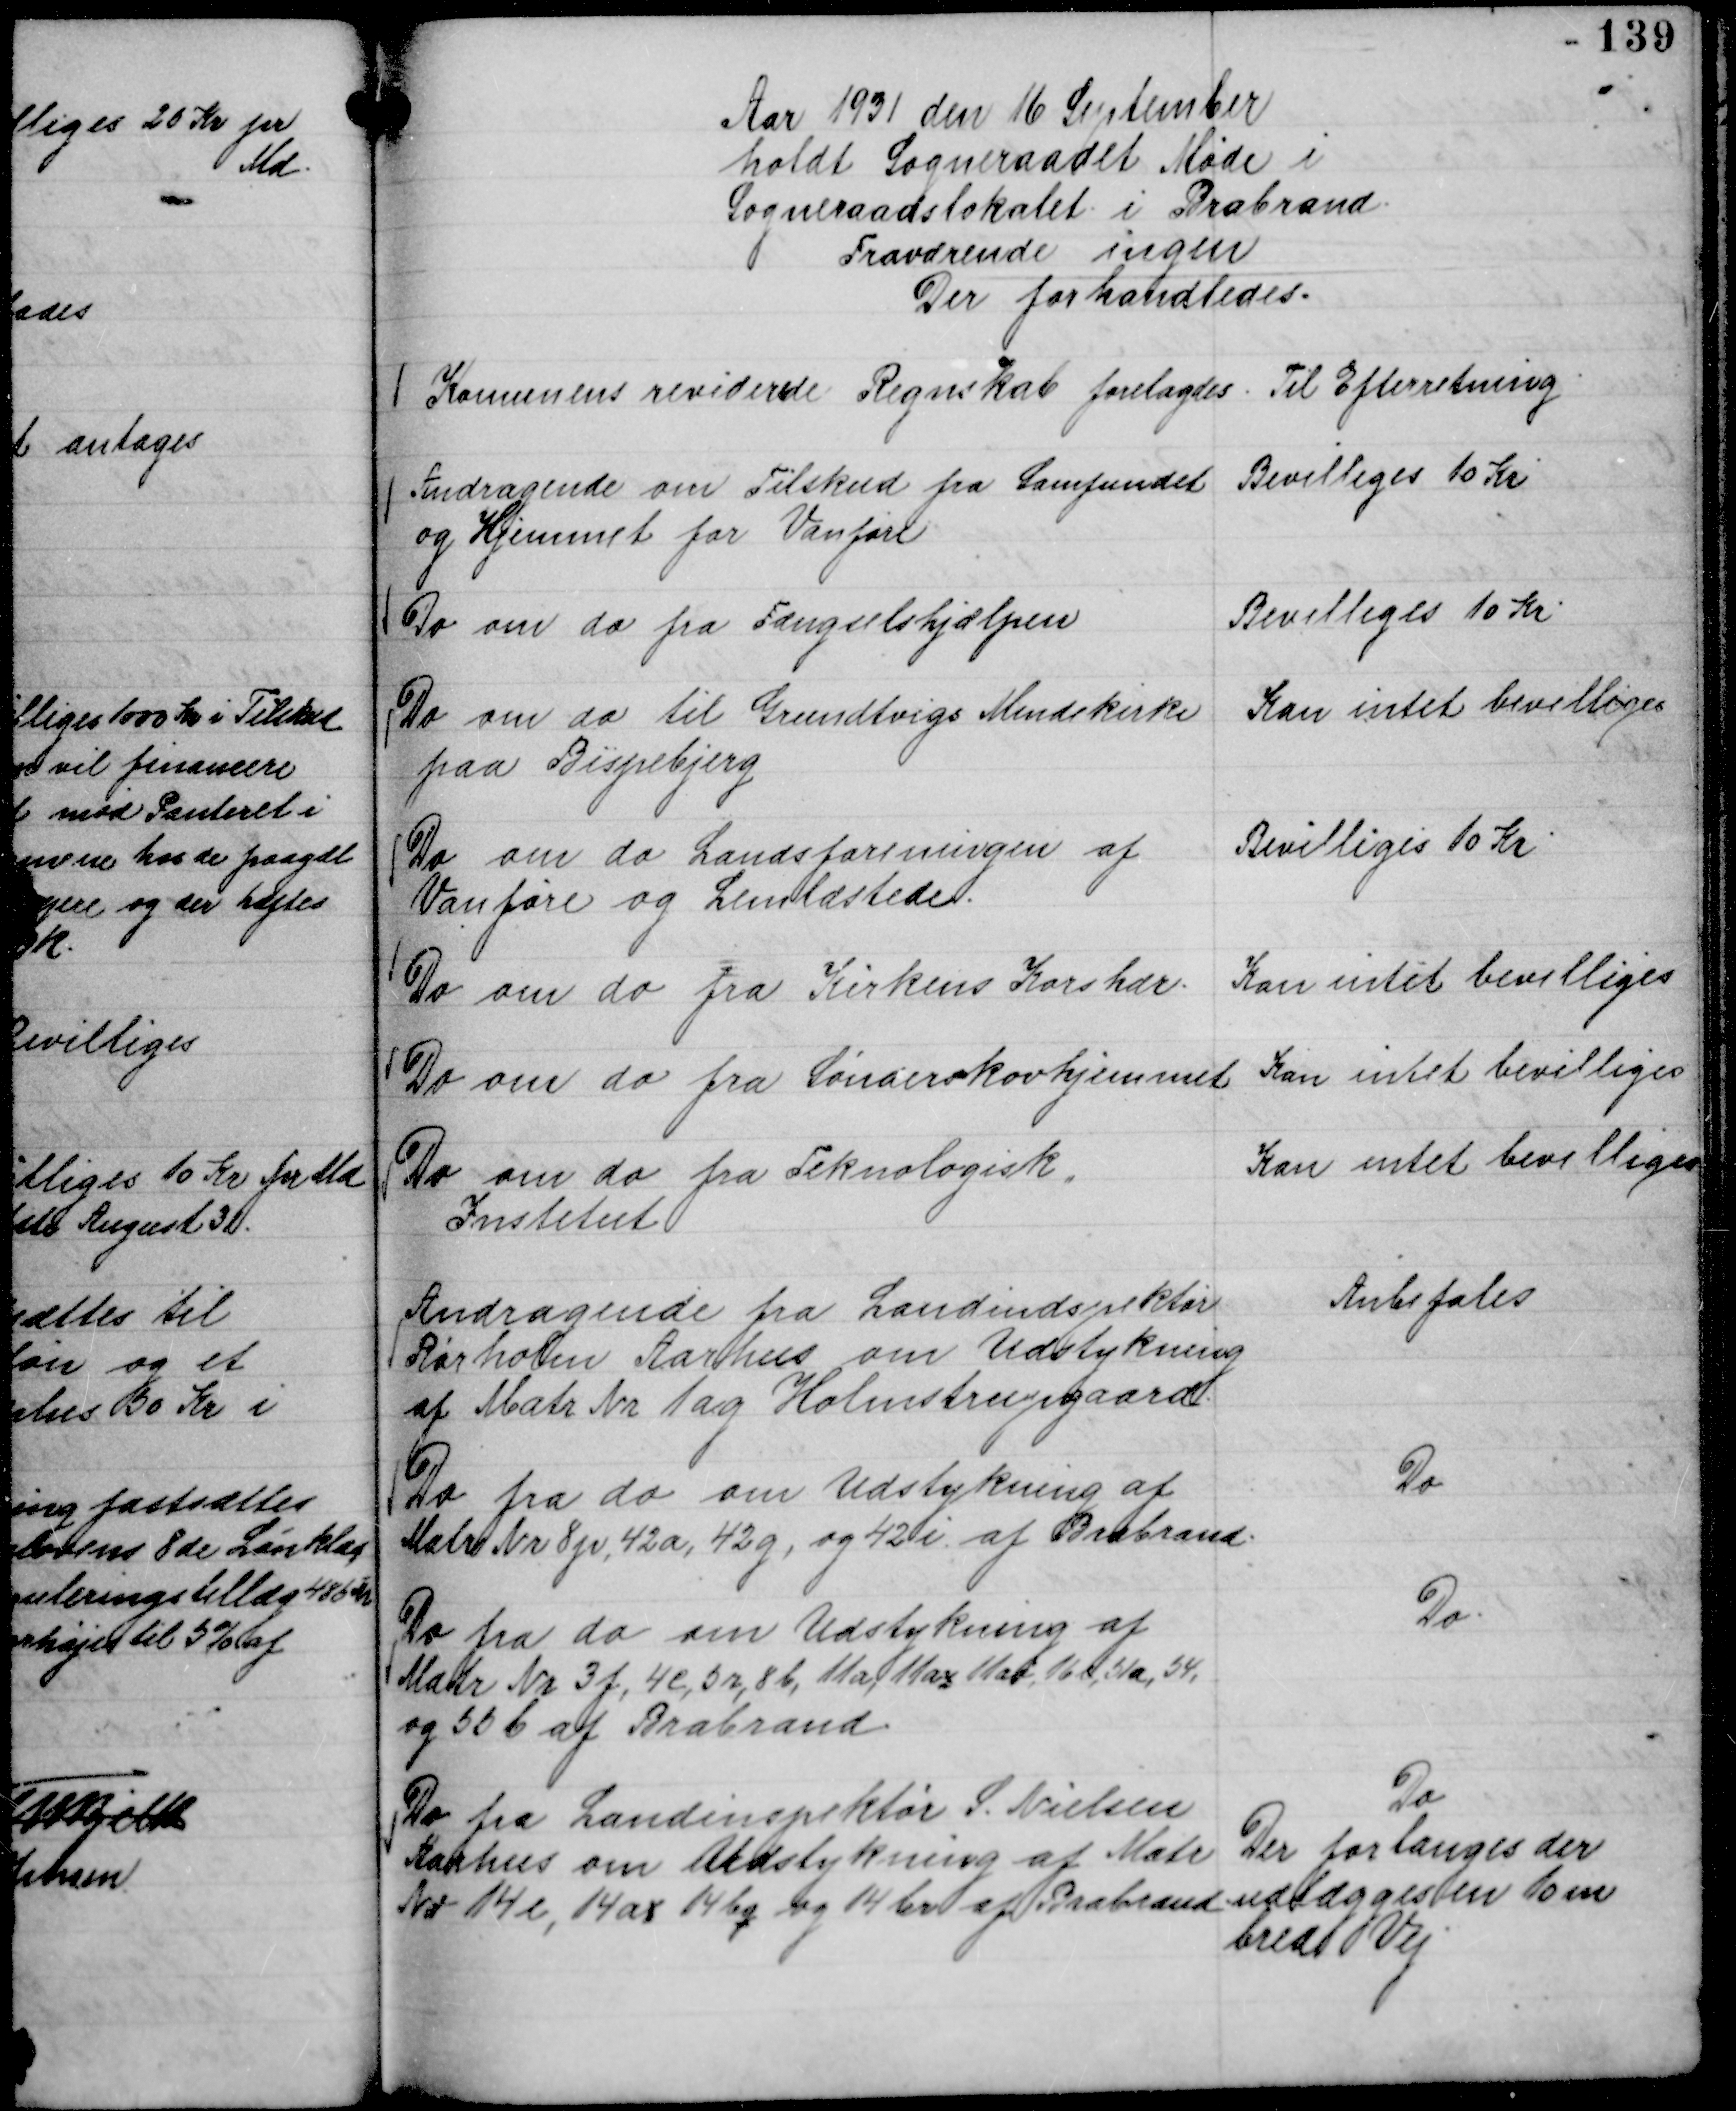
Transskription:
Aar 1931 den 16 September
holdt Sogneraadet Møde i
Sogneraadslokalet i Brabrand.
Fraværende ingen
Der forhandledes.

Komunens reviderede Regnskab forelagdes.

Til Efterretning.

Andragende om Tilskud fra Samfundet
og Hjemmet for Vanføre

Bevilliges 10 Kr

Do om do fra Fængselshjælpen

Bevilliges 10 Kr.

Do om do til Grundtvigs Mindekirke
paa Bispebjerg

Kan ikke bevilliges

Do om do Landsforeningen af
Vanføre og Lemlæstede.

Bevilliges 10 Kr

Do om do fra Kirkens Korshær.

Kan intet bevilliges

Do om do fra Sønderskovhjemmet

Kan intet bevilliges

Do om do fra Teknologisk
Institut

Kan intet bevilliges

Andragende fra Landindspektør
Rørholm Aarhus om Udstykning
af Matr Nr 1 ag Holmstrupgaard.

Anbefales

Do fra do om Udstykning af
Matr Nr 8 p, 42 a, 42 g, og 42 i af Brabrand.

Do

Do fra do om Udstykning af
Matr Nr 3 f, 4 c, 5 r, 8 b, 11 a, 11 az 11 aø, 16 c, 51 a, 54,
og 56 b af Brabrand.

Do.

Do fra Landinspektør S. Nielsen
Aarhus om Udstykning af Matr
Nr 14 e, 14 ax 14 bq og 14 br af Brabrand

Do
Der forlanges der
udlægges en 10 m
bred Vej